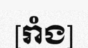
[រាំង]